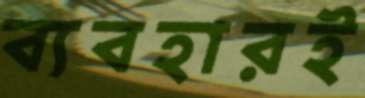
ব্যবহারই